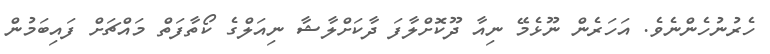
ހެރުނުހެންނެވެ. އަހަރެން ނޫޅެމޭ ނިއާ ދޫކޮށްލާފަ ދާކަށްލާޝާ ނިއަލްގެ ކޯތާފަތް މައްޗަށް ފައިބަމުން